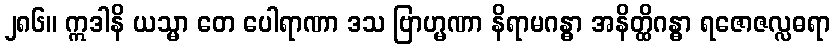
၂၈၆။ ဣဒါနိ ယသ္မာ တေ ပေါရာဏာ ဒသ ဗြာဟ္မဏာ နိရာမဂန္ဓာ အနိတ္ထိဂန္ဓာ ရဇောဇလ္လဓရာ